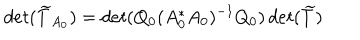
d e t ( \widetilde { T } _ { A _ { 0 } } ) = d e t ( Q _ { 0 } ( A _ { 0 } ^ { * } A _ { 0 } ) ^ { - 1 } Q _ { 0 } ) \, d e t ( \widetilde { T } )